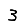
Digit: 3